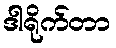
ဒါရိုက်တာ